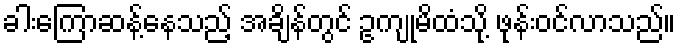
ခါးကြောဆန့်နေသည့် အချိန်တွင် ဥကျုမိထံသို့ ဖုန်းဝင်လာသည်။